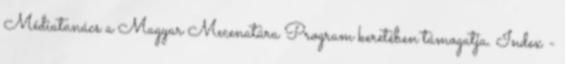
Médiatanács a Magyar Mecenatúra Program keretében támogatja. Index -